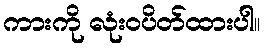
ကားကို လုံးဝပိတ်ထားပါ။